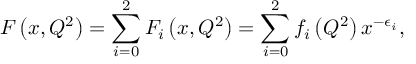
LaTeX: F \left( x , Q ^ { 2 } \right) = \sum _ { i = 0 } ^ { 2 } F _ { i } \left( x , Q ^ { 2 } \right) = \sum _ { i = 0 } ^ { 2 } f _ { i } \left( Q ^ { 2 } \right) x ^ { - \epsilon _ { i } } ,